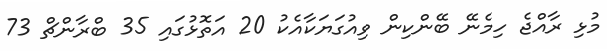
މުޅި ރާއްޖެ ހިމެނޭ ބޭންކިން ވިއުގަޔަކާއެކު 20 އަތޮޅުގައި 35 ބްރާންޗް 73